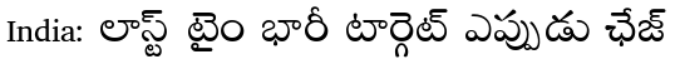
India: లాస్ట్ టైం భారీ టార్గెట్ ఎప్పుడు ఛేజ్